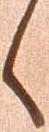
へ